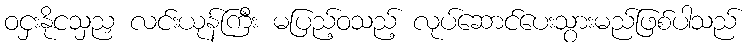
ဝငှးနိုငသှညှ လင်းယုန်ကြီး မပြည့်ဝသည့် လုပ်ဆောင်ပေးသွားမည်ဖြစ်ပါသည်